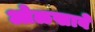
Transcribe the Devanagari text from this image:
ओळखावे